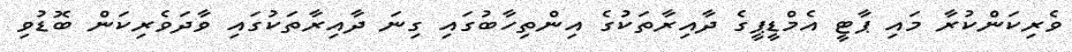
ވެރިކަންކުރާ މައި ޕާޓީ އެމްޑީޕީގެ ދާއިރާތަކުގެ އިންތިހާބުގައި ގިނަ ދާއިރާތަކުގައި ވާދަވެރިކަން ބޮޑުވި